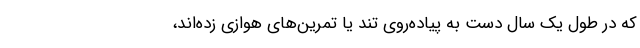
که در طول یک سال دست به پیاده‌روی تند یا تمرین‌های هوازی زده‌اند،